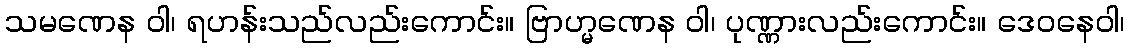
သမဏေန ဝါ၊ ရဟန်းသည်လည်းကောင်း။ ဗြာဟ္မဏေန ဝါ၊ ပုဏ္ဏားလည်းကောင်း။ ဒေဝနေဝါ၊